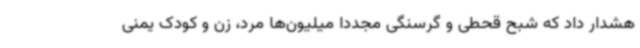
هشدار داد که شبح قحطی و گرسنگی مجدداً میلیون‌ها مرد، زن و کودک یمنی